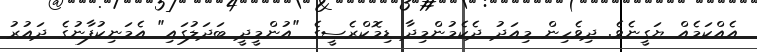
އެއްކަމެއް ޔަގީނެވެ. ދިވެހިން މިއަދު ދެކެމުންމިދާ ޑިމޮކްރެސީގެ "އުންމީދީ ބަދަލުގައި" އެމަނިކުފާނުގެ ދައުރު